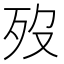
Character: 歿